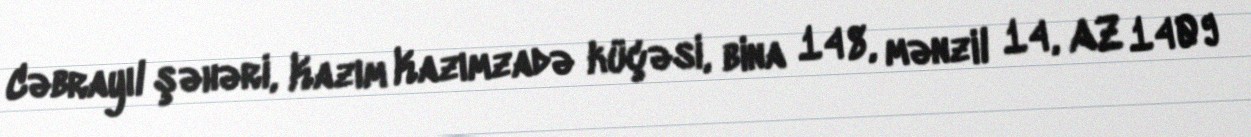
Cəbrayıl şəhəri, Kazım Kazımzadə küçəsi, bina 148, mənzil 14, AZ 1409